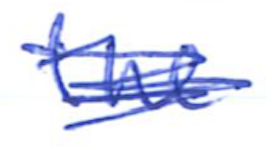
Text: the
Cross-out: scratch
Writing tool: ballpoint